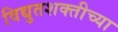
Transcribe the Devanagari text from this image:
विद्युतशक्तीच्या